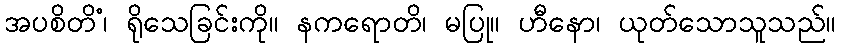
အပစိတိံ၊ ရိုသေခြင်းကို။ နကရောတိ၊ မပြု။ ဟီနော၊ ယုတ်သောသူသည်။